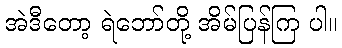
အဲဒီတော့ ရဲဘော်တို့ အိမ်ပြန်ကြ ပါ။